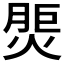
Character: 𤋝